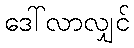
ဒေါ်လာလျှင်